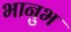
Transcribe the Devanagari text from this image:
भानुभ